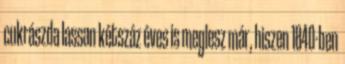
cukrászda lassan kétszáz éves is meglesz már, hiszen 1840-ben